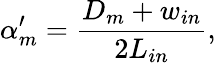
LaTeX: \alpha_{m}^{\prime}=\frac{D_{m}+w_{in}}{2L_{in}},